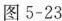
图5-23